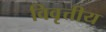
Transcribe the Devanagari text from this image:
विवृत्तीय